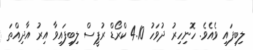
ލިބިފައި ވެއެވެ. ހޮނިހިރު ދުވަހު 4.10 ކްރޯޑް ރުޕީސް ލިބިފައިވާ އިރު އާދިއްތަ